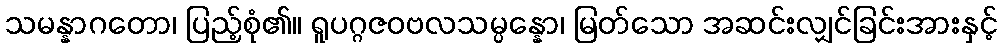
သမန္နာဂတော၊ ပြည့်စုံ၏။ ရူပဂ္ဂဇဝဗလသမ္ပန္နော၊ မြတ်သော အဆင်းလျှင်ခြင်းအားနှင့်